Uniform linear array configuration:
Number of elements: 12
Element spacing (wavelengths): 0.5
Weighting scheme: hann
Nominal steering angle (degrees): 60
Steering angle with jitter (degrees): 60.495
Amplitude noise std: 0.05
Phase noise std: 0.05

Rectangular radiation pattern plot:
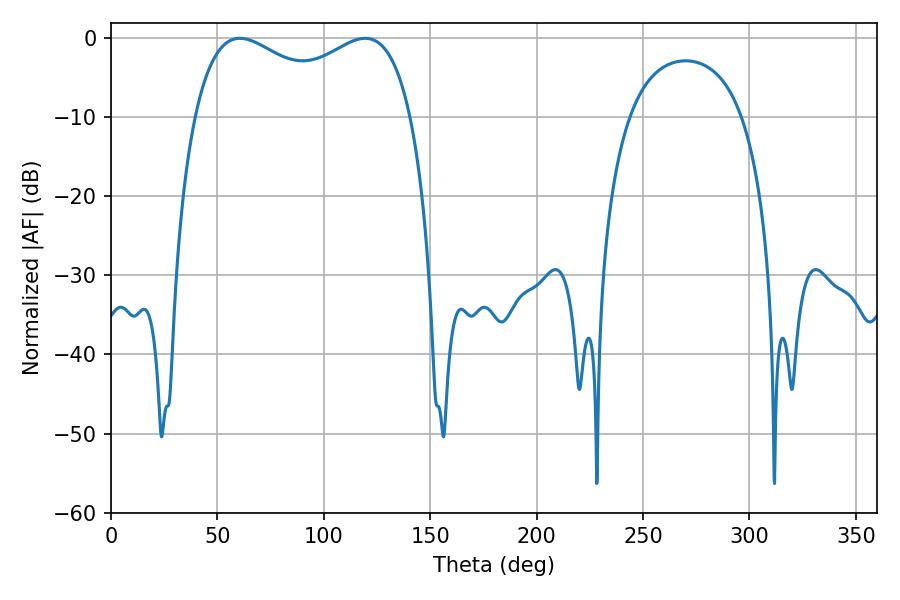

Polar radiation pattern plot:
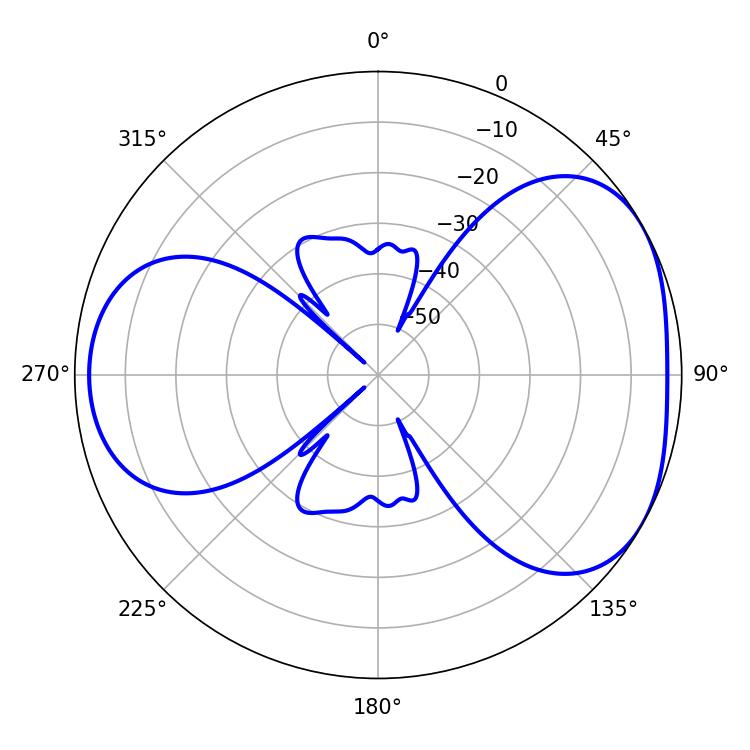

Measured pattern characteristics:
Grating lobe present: FALSE
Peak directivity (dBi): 4.297
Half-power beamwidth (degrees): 84.96
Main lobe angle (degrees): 60.48